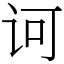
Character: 诃